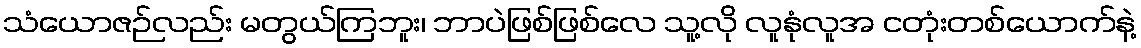
သံယောဇဉ်လည်း မတွယ်ကြဘူး၊ ဘာပဲဖြစ်ဖြစ်လေ သူ့လို လူနုံလူအ ငတုံးတစ်ယောက်နဲ့